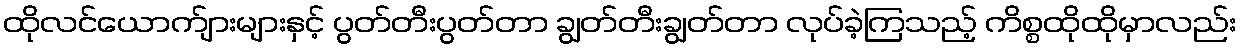
ထိုလင်ယောက်ျားများနှင့် ပွတ်တီးပွတ်တာ ချွတ်တီးချွတ်တာ လုပ်ခဲ့ကြသည့် ကိစ္စထိုထိုမှာလည်း